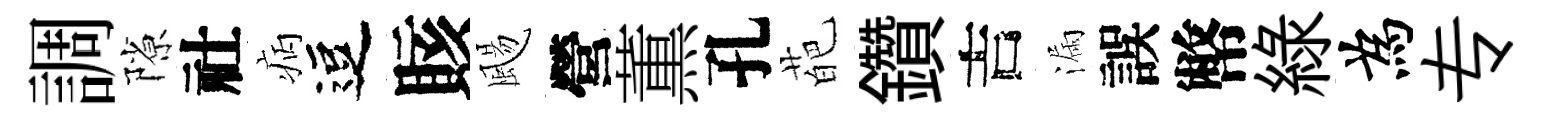
調隙社病逗賅颺營薫孔葩鑽吉漏誤幣緑為专